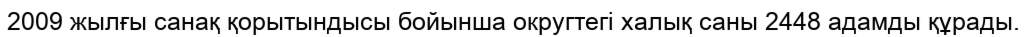
2009 жылғы санақ қорытындысы бойынша округтегі халық саны 2448 адамды құрады.